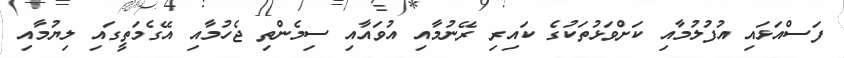
ފަސްއަޅައި އުފުލުމާއި ކަށްވަޅުތަކުގެ ކައިރި ރޭނުމާއި އުވައާއި ސިމެންތި ޖެހުމާއި އޭގެމަތީގައި ލިޔުމާއި